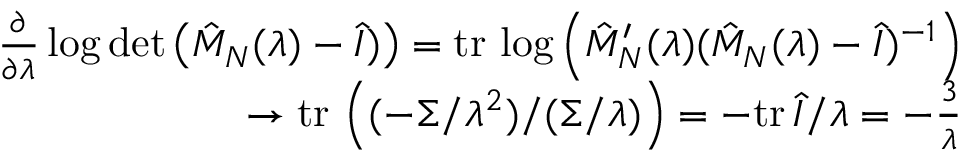
\begin{array} { r l r } & { } & { \frac { \partial } { \partial \lambda } \log \operatorname* { d e t } \left( \hat { M } _ { N } ( \lambda ) - \hat { I } ) \right) = \mathrm { t r } \, \log \left( \hat { M } _ { N } ^ { \prime } ( \lambda ) ( \hat { M } _ { N } ( \lambda ) - \hat { I } ) ^ { - 1 } \right) } \\ & { } & { \to \mathrm { t r } \, \left( ( - \Sigma / \lambda ^ { 2 } ) / ( \Sigma / \lambda ) \right) = - \mathrm { t r } \, \hat { I } / \lambda = - \frac { 3 } { \lambda } } \end{array}